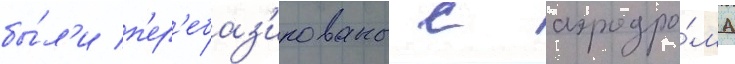
бы́л'и п'ер'ебаз'ированы с аэродро́ма